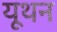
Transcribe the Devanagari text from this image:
यूथन